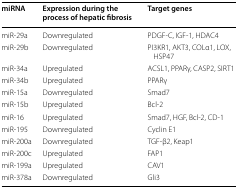
| miRNA | Expression during the process of hepatic fibrosis | Target genes |
 | --- | --- | --- |
 | miR-29a | Downregulated | PDGF-C, IGF-1, HDAC4 |
 | miR-29b | Downregulated | PI3KR1, AKT3, COLα1, LOX, HSP47 |
 | miR-34a | Upregulated | ACSL1, PPARγ, CASP2, SIRT1 |
 | miR-34b | Upregulated | PPARγ |
 | miR-15a | Downregulated | Smad7 |
 | miR-15b | Upregulated | Bcl-2 |
 | miR-16 | Upregulated | Smad7, HGF, Bcl-2, CD-1 |
 | miR-195 | Downregulated | Cyclin E1 |
 | miR-200a | Downregulated | TGF-β2, Keap1 |
 | miR-200c | Upregulated | FAP1 |
 | miR-199a | Upregulated | CAV1 |
 | miR-378a | Downregulated | Gli3 |